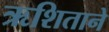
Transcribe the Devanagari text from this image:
ऋशिताने